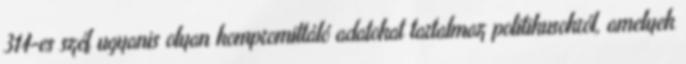
314-es széf ugyanis olyan kompromittáló adatokat tartalmaz politikusokról, amelyek